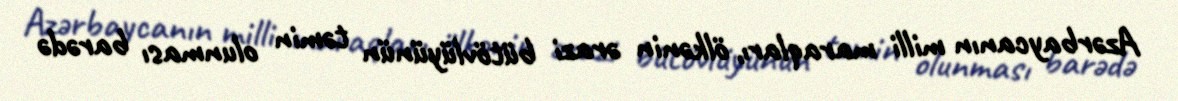
Azərbaycanın milli maraqları, ölkənin ərazi bütövlüyünün təmin olunması barədə